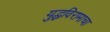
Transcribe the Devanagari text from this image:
युद्धविरामाचा